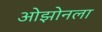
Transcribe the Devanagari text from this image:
ओझोनला